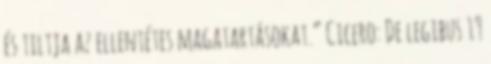
és tiltja az ellentétes magatartásokat.” Cicero: De legibus 19